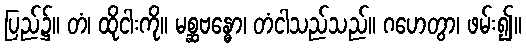
ပြည်၌။ တံ၊ ထိုငါးကို။ မစ္ဆဗန္ဓော၊ တံငါသည်သည်။ ဂဟေတွာ၊ ဖမ်း၍။